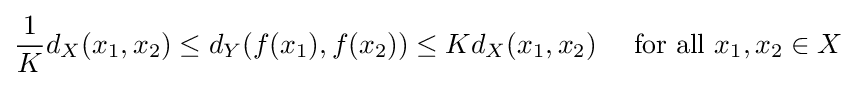
{\frac {1}{K}}d_{X}(x_{1},x_{2})\leq d_{Y}(f(x_{1}),f(x_{2}))\leq Kd_{X}(x_{1},x_{2})\quad {\text{ for all }}x_{1},x_{2}\in X